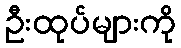
ဦးထုပ်များကို